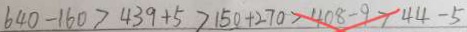
6 4 0 - 1 6 0 > 4 3 9 + 5 > 1 5 0 + 2 7 0 > 4 0 8 - 9 > 4 4 - 5